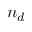
n _ { d }